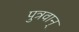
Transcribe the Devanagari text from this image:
पुत्रवान्